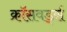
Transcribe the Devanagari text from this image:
क्रॉसवर्ड्स